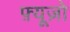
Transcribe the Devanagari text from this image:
फ़्यूज़ो